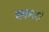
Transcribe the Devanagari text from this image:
बकनरों